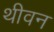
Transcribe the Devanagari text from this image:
थीवन